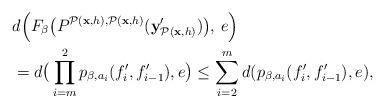
LaTeX: \begin{align*} &d\Big(F_\beta\big(P^{\mathcal{P}(\textbf{x}, h),\mathcal{P}(\textbf{x}, h)}(\textbf{y}'_{\mathcal{P}(\textbf{x}, h)})\big),\,e\Big)\\ &=d\big(\prod_{i=m}^2 p_{\beta,a_i}(f_i',f'_{i-1}),e\big)\leq\sum_{i=2}^md(p_{\beta,a_i}(f_i',f'_{i-1}),e),\end{align*}